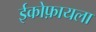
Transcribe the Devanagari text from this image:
ईकोफ़ायला